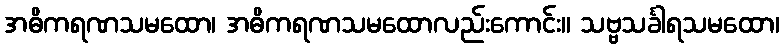
အဓိကရဏသမထော၊ အဓိကရဏသမထောလည်းကောင်း။ သဗ္ဗသင်္ခါရသမထော၊